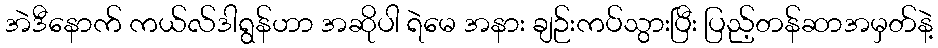
အဲဒီနောက် ကယ်လ်ဒါရွန်ဟာ အဆိုပါ ရဲမေ အနား ချဉ်းကပ်သွားပြီး ပြည့်တန်ဆာအမှတ်နဲ့